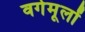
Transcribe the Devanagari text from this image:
वर्गमूलों